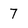
Character: 7